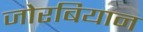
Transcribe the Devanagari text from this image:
जोरबियान